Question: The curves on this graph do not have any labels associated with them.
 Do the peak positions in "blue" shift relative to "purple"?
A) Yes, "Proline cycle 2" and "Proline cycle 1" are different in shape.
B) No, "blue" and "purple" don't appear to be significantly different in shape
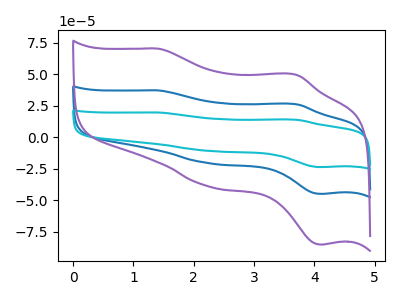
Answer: <think>The blue curve "blue" has anodic peaks at (1.40V, 37.10uA) (3.70V, 26.15uA) and cathodic peaks at (2.25V, -20.75uA) (4.10V, -45.05uA). The cyan curve "cyan" has anodic peaks at (1.40V, 74.25uA) (3.70V, 52.30uA) and cathodic peaks at (2.25V, -41.45uA) (4.10V, -90.10uA). The purple curve "purple" has anodic peaks at (1.40V, 70.30uA) (3.70V, 49.55uA) and cathodic peaks at (2.25V, -39.25uA) (4.10V, -85.35uA).
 All the peaks in "blue" have a peak in "purple" at the same potential. Every peak in "blue" is lower than every peak in "purple".</think>
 <answer>B) No, "blue" and "purple" don't appear to be significantly different in shape</answer>
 <eval>B</eval>